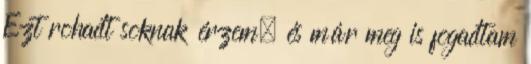
Ezt rohadt soknak érzem, és már meg is fogadtam